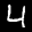
Label: 4